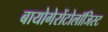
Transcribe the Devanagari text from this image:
बायोगेरोंटोलॉजिस्ट